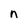
Character: n